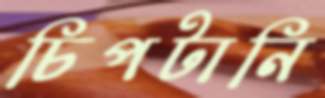
চিপটানি